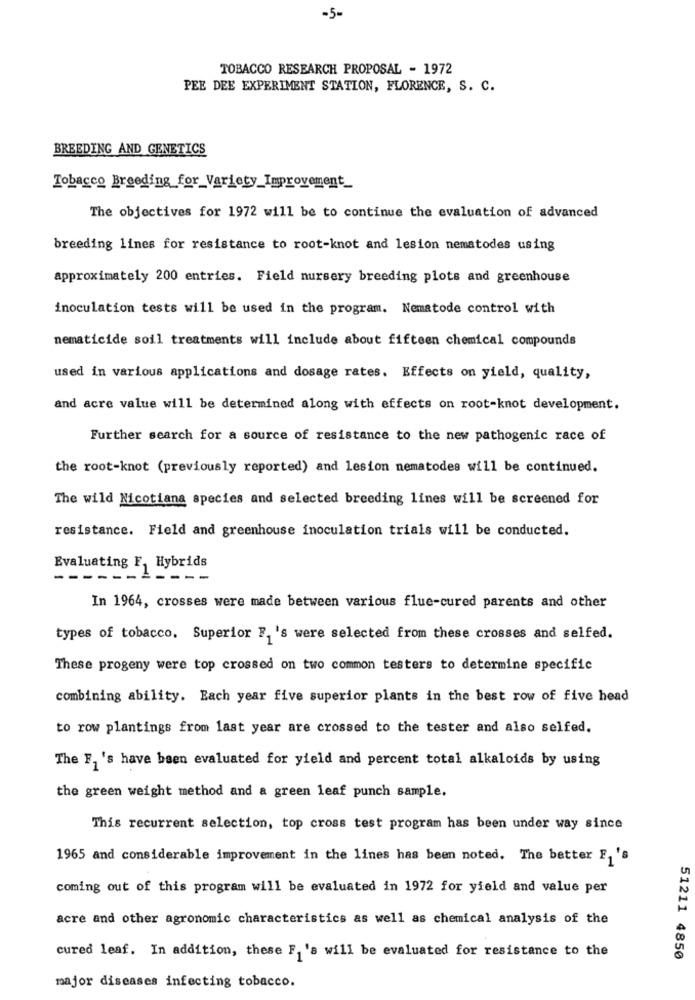
-5-
TOBACCO RESEARCH PROPOSAL - 1972
PEE DEE EXPERIMENT STATION, FLORENCE, S. C.
BREEDING AND GENETICS
Tobacco Breeding for_Variety_Improvement_
The objectives for 1972 will be to continue the evaluation of advanced
breeding lines for resistance to root-knot and lesion nematodes using
approximately 200 entries. Field nursery breeding plots and greenhouse
inoculation tests will be used in the program. Nematode control with
nematicide soil treatments will include about fifteen chemical compounds
used in various applications and dosage rates. Effects on yield, quality,
and acre value will be determined along with effects on root-knot development.
Further search for a source of resistance to the new pathogenic race of
the root-knot (previously reported) and lesion nematodes will be continued.
The wild Nicotiana species and selected breeding lines will be screened for
resistance. Field and greenhouse inoculation trials will be conducted.
Evaluating F. Hybrids
---
In 1964, crosses were made between various flue-cured parents and other
types of tobacco. Superior F. 's were selected from these crosses and selfed.
These progeny were top crossed on two common testers to determine specific
combining ability. Each year five superior plants in the best row of five head
to row plantings from last year are crossed to the tester and also selfed.
The F. 's have been evaluated for yield and percent total alkaloids by using
the green weight method and a green leaf punch sample.
This recurrent selection, top cross test program has been under way since
1965 and considerable improvement in the lines has been noted. The better F1 's
coming out of this program will be evaluated in 1972 for yield and value per
acre and other agronomic characteristics as well as chemical analysis of the
cured leaf. In addition, these F. 's will be evaluated for resistance to the
51211 4850
major diseases infecting tobacco.